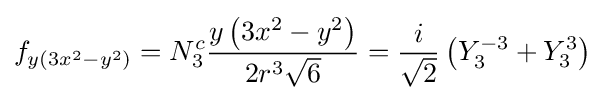
f_{y(3x^{2}-y^{2})}=N_{3}^{c}{\frac {y\left(3x^{2}-y^{2}\right)}{2r^{3}{\sqrt {6}}}}={\frac {i}{\sqrt {2}}}\left(Y_{3}^{-3}+Y_{3}^{3}\right)